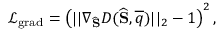
\mathcal { L } _ { \mathrm { g r a d } } = \left( | | \nabla _ { \widehat { \mathbf { S } } } D ( \widehat { \mathbf { S } } , \overline { { q } } ) | | _ { 2 } - 1 \right) ^ { 2 } ,